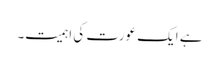
ہے ایک عورت کی اہمیت۔